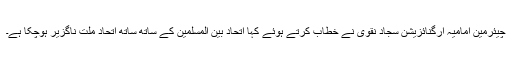
چیئرمین امامیہ آرگنائزیشن سجاد نقوی نے خطاب کرتے ہوئے کہا اتحاد بین المسلمین کے ساتھ ساتھ اتحاد ملت ناگزیر ہوچکا ہے۔